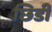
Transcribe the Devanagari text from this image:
छिडी